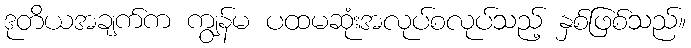
ဒုတိယအချက်က ကျွန်မ ပထမဆုံးအလုပ်စလုပ်သည့် နှစ်ဖြစ်သည်။